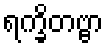
ရက္ခိတဗ္ဗာ